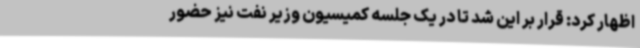
اظهار کرد: قرار بر این شد تا در یک جلسه کمیسیون وزیر نفت نیز حضور